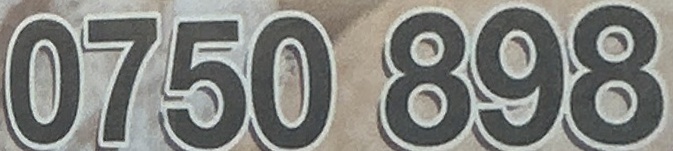
0750 898